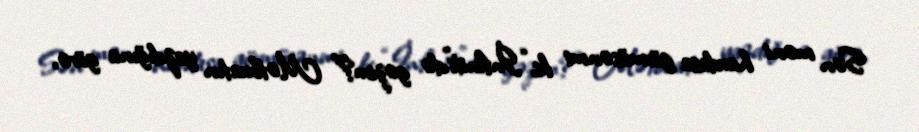
Sən məni hardasa görmüsənmi ki, “İnfiniti”də gəzim?” Mətbuatın yazdığına görə,